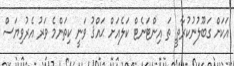
އަކަށް ގަބޫލުނުކުރާތީ ތަ އިންޓަނެޓް ކަލެއަށް ޙައްޤު ވަނީ ކިތަންމެ ވަރު އެރުވިޔަސް